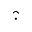
\hat { \cdot }